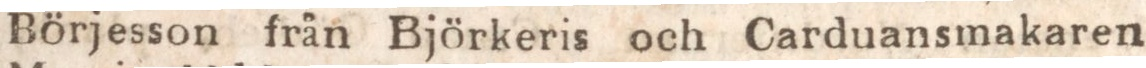
Börjesson från Björkeris och Carduansmakaren